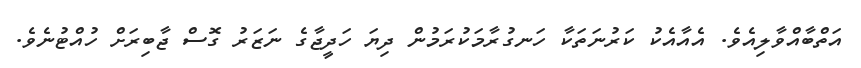
އަތްބާއްވާލިއެވެ. އެއާއެކު ކަރުނަތަކާ ހަނގުރާމަކުރަމުން ދިޔަ ހަދީޖާގެ ނަޒަރު ގޮސް ޖާބިރަށް ހުއްޓުނެވެ.